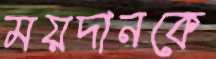
ময়দানকে